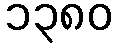
၁၃၈၀